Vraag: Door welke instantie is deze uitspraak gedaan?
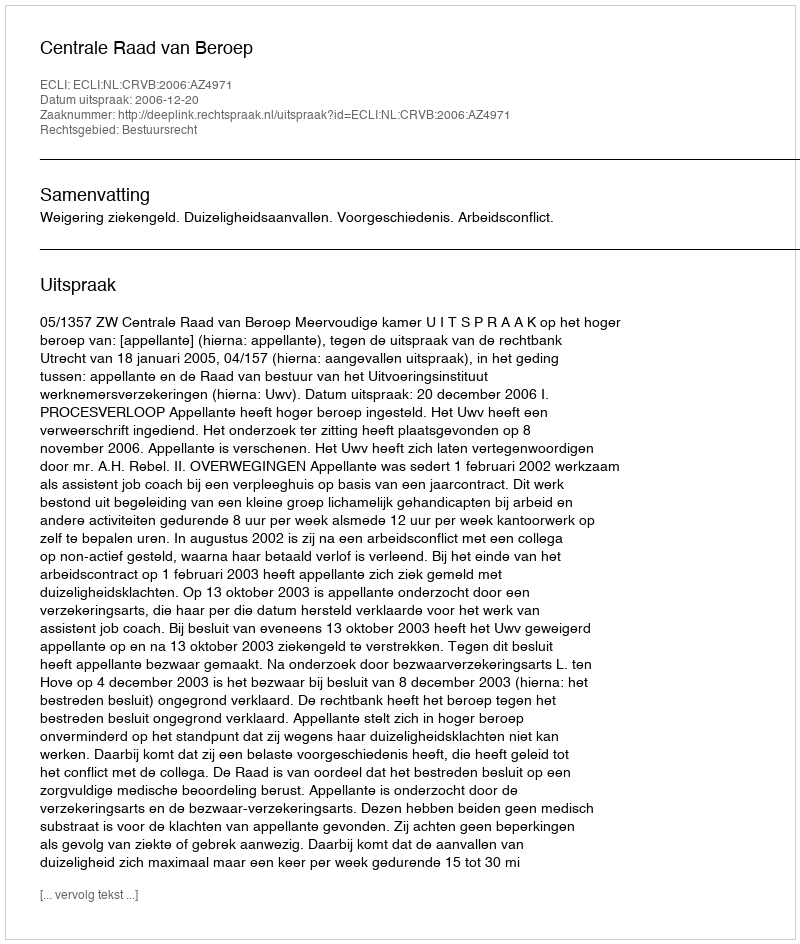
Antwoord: Centrale Raad van Beroep